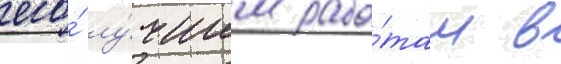
его́ лу́чшим рабо́там в